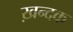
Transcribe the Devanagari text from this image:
ख़न्दक